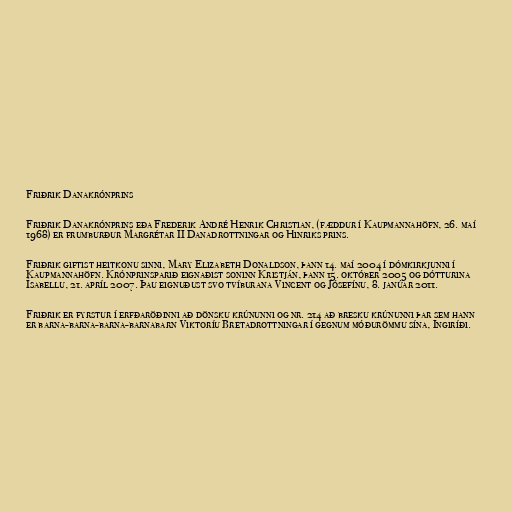
Friðrik Danakrónprins

Friðrik Danakrónprins eða Frederik André Henrik Christian, (fæddur í Kaupmannahöfn, 26. maí
1968) er frumburður Margrétar II Danadrottningar og Hinriks prins.

Friðrik giftist heitkonu sinni, Mary Elizabeth Donaldson, þann 14. maí 2004 í dómkirkjunni í
Kaupmannahöfn. Krónprinsparið eignaðist soninn Kristján, þann 15. október 2005 og dótturina
Ísabellu, 21. apríl 2007. Þau eignuðust svo tvíburana Vincent og Jósefínu, 8. janúar 2011.

Friðrik er fyrstur í erfðaröðinni að dönsku krúnunni og nr. 214 að bresku krúnunni þar sem hann
er barna-barna-barna-barnabarn Viktoríu Bretadrottningar í gegnum móðurömmu sína, Ingiríði.